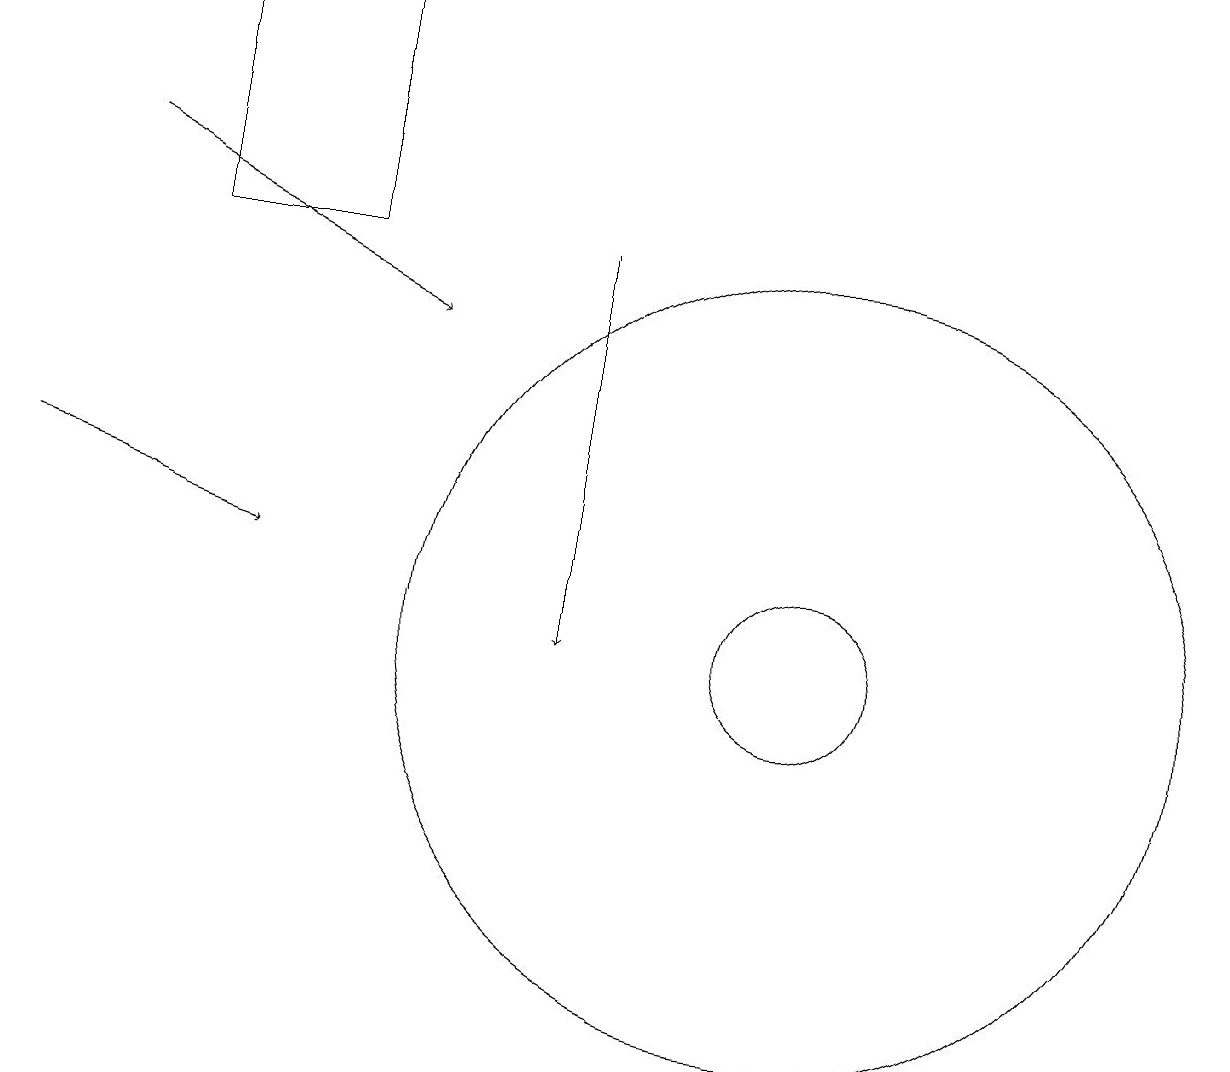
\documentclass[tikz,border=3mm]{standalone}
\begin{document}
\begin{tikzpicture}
\draw[->] (1,17) -- (5,15);
\draw (4,16) rectangle (2,19);
\draw[->] (7,16) -- (7,11);
\draw (10,11) circle (1);
\draw[->] (0,13) -- (3,12);
\draw (10,11) circle (5);
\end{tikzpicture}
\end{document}